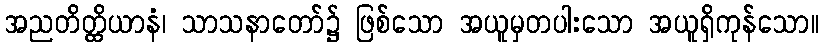
အညတိတ္ထိယာနံ၊ သာသနာတော်၌ ဖြစ်သော အယူမှတပါးသော အယူရှိကုန်သော။